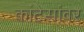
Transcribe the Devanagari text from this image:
कांटेसांवर